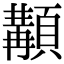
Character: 顜